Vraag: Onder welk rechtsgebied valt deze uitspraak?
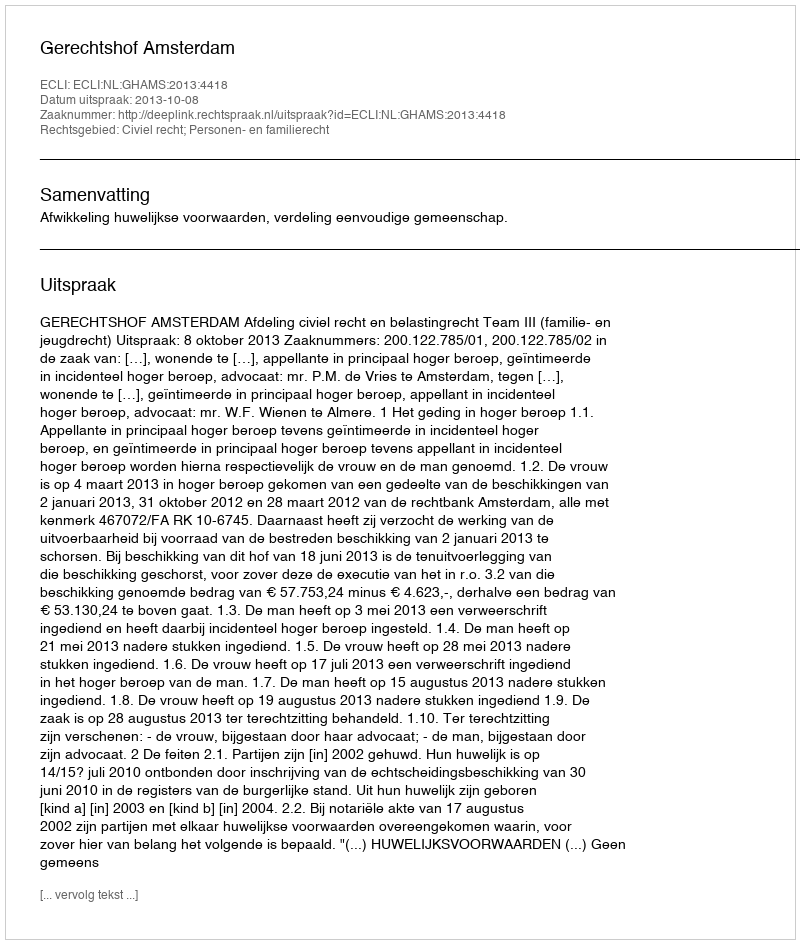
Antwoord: Civiel recht; Personen- en familierecht